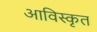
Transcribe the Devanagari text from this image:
आविस्कृत